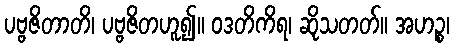
ပဗ္ဗဇိတာတိ၊ ပဗ္ဗဇိတဟူ၍။ ဝဒတိကိရ၊ ဆိုသတတ်။ အဟဉ္စ၊